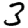
Digit: 3